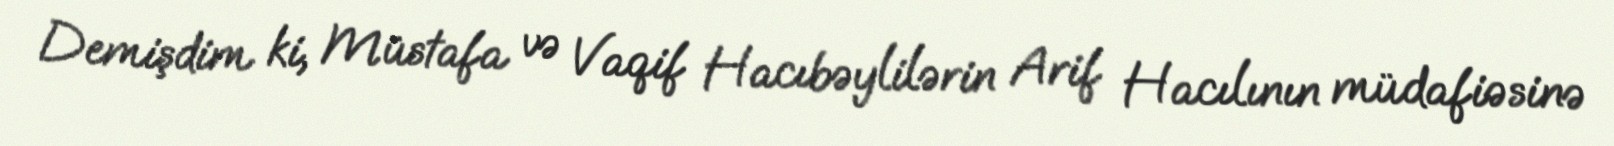
Demişdim ki, Müstafa və Vaqif Hacıbəylilərin Arif Hacılının müdafiəsinə